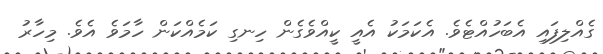
ގެއްލިފައި އެބަހުއްޓެވެ. އެކަމަކު އެއީ ކީއްވެގެން ހިނގި ކަމެއްކަން ހާމަވެ އެވެ. މިހާރު